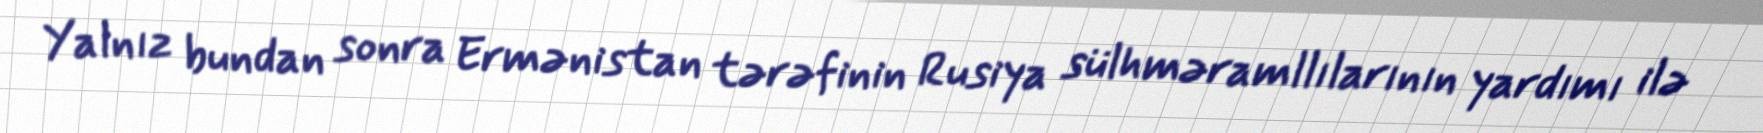
Yalnız bundan sonra Ermənistan tərəfinin Rusiya sülhməramllılarının yardımı ilə